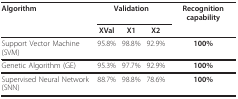
| Algorithm | <COLSPAN=3> Validation | Recognition capability |
 |  | XVal | X1 | X2 |  |
 | --- | --- | --- | --- | --- |
 | Support Vector Machine (SVM) | 95.8% | 98.8% | 92.9% | 100% |
 | Genetic Algorithm (GE) | 95.3% | 97.7% | 92.9% | 100% |
 | Supervised Neural Network (SNN) | 88.7% | 98.8% | 78.6% | 100% |